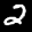
Label: 2